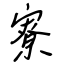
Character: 寮